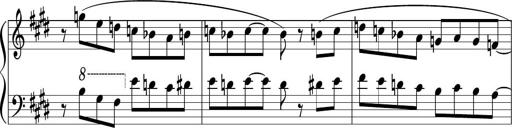
Title: Sonataette
Composer: Gergely Laszlo Matyas Jambor